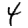
Digit: 4